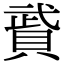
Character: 䝾